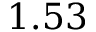
1 . 5 3